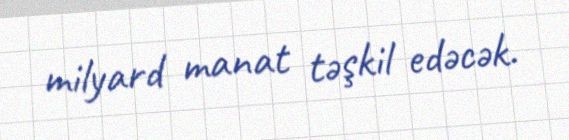
milyard manat təşkil edəcək.